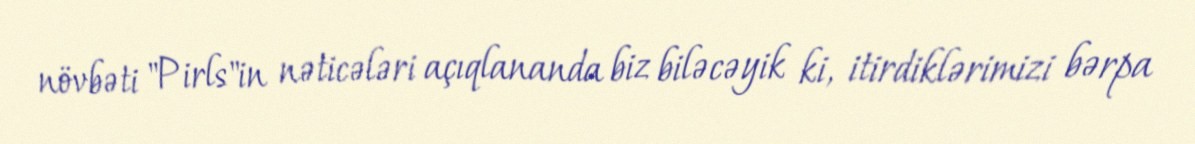
növbəti "Pirls"in nəticələri açıqlananda biz biləcəyik ki, itirdiklərimizi bərpa